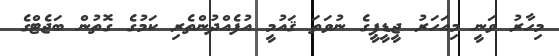
މިހާރު ވަނީ މިއަހަރު ޖީޑީޕީގެ ނުވަތަ ޤައުމީ އުފެއްދުންތެރި ކަމުގެ ގޮތުން ބަޖެޓްގެ